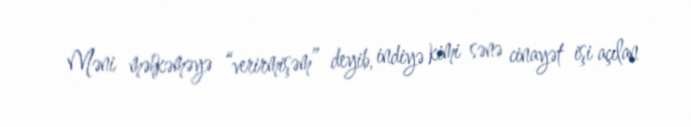
Məni məhkəməyə “verirmişəm” deyib, indiyə kimi sənə cinayət işi açılan